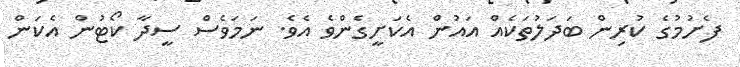
ފެށުމުގެ ކުރިން ބަދަލުތަކެއް އައުން އެކަށީގެންވެ އެވެ. ނަމަވެސް ސީދާ ކޯޓުން އެކަަން